Annual administration report of the Civil Veterinary Department of India - 1907-1908
Year: 1907
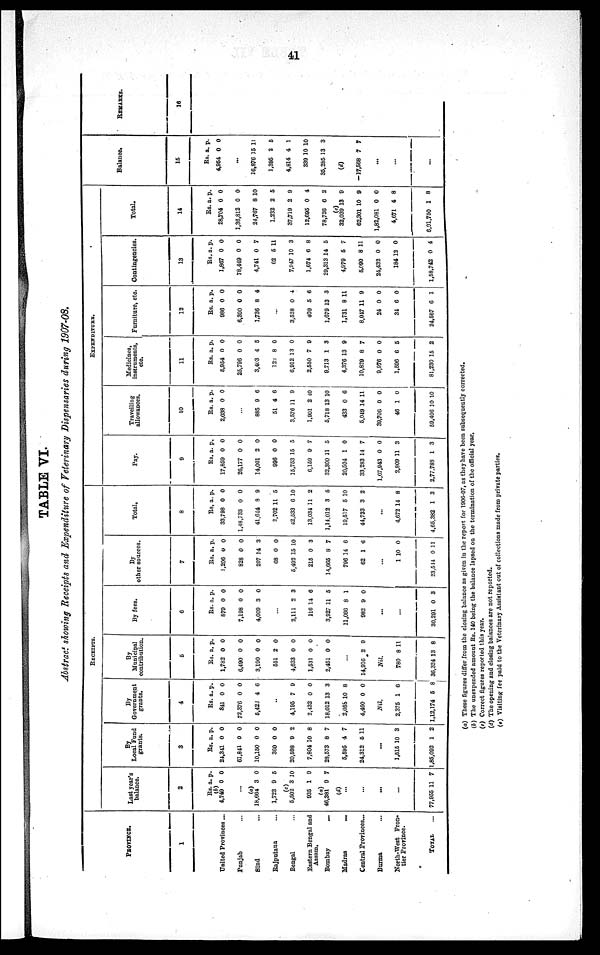
41
TABLE VI.
Abstract showing Receipts and Expenditure of Veterinary Dispensaries during 1907-08.
PROVINCE.
1
UnitedProvinces ...
Punjab ...
Sind...
Rajputana...
Bengal ...
Eastern Bengal and...
Assam.
Bombay ...
Madras
...
Central Provinces ...
Burma ...
North-West Fron-
tier Province.
TOTAL ...
RECEIPTS.
Lastyear's
balance
2
Rs.
(b)
4,749
...
(a)
18,664
1,723
(c)
5,502
935
(a)
46,381
(d)
...
...
...
...
77,955
a.
0
3
9
3
1
9
11
p.
0
0
5
10
9
7
7
By
LocalFunds
grants
3
Rs.
24,341
61,841
10,150
360
20,598
7,804
28,573
5,595
24,312
...
1,515
1,85,092
a.
0
0
0
0
9
10
8
4
5
10
1
p.
0
0
0
0
2
8
7
7
11
3
2
By
Government
grants.
4
Rs.
841
72,376
5,423
...
4,195
2,432
18,012
2,058
4,460
Nil.
2,375
1,12,174
a.
0
0
4
7
0
13
10
0
1
5
p.
0
0
6
9
0
3
8
0
6
8
By
Municipal
contribution.
5
Rs.
1,782
6,490
3,190
551
4,633
1,531
2,451
...
14,916
Nil.
780
36,324
a.
0
0
0
2
0
0
0
2
8
13
p.
0
0
0
0
0
0
0
9
11
8
By fees.
6
Rs.
879
7,198
4,009
...
2,111
116
3,927
11,066
982
...
...
30,291
a.
0
0
3
2
14
11
8
9
0
p.
0
0
0
3
6
5
1
0
3
By
other sources.
7
Rs.
1,206
828
207
68
5,492
215
14,665
796
62
...
1
23,544
a.
0
0
14
0
15
0
8
14
1
10
0
p.
0
0
3
0
10
3
7
6
6
0
11
Total.
8
Rs.
33,798
1,48,733
41,644
2,702
42,533
13,034
1,14,012
19,517
44,733
...
4,672
4,65,382
a.
0
0
8
11
6
11
3
5
3
14
1
p.
0
0
9
5
10
2
5
10
2
8
3
EXPENDITURE.
Pay.
9
Rs.
17,859
26,177
14,001
996
15,753
6,159
32,300
20,504
33,283
1,07,943
2,809
2,77,788
a.
0
0
2
0
15
9
11
1
14
0
11
1
p.
0
0
0
0
5
7
5
0
7
0
3
3
Travelling
allowances.
10
Rs.
2,038
...
885
51
3,576
1,901
5,718
433
5,049
39,706
46
59,406
a.
0
9
4
11
2
13
0
14
0
1
10
p.
0
6
6
9
10
10
6
11
0
0
10
Medicines,
instruments,
etc.
11
Rs.
5,954
25,796
3,403
122
6,912
2,550
9,713
4,376
10,829
9,976
1,596
81,230
a.
0
0
4
8
13
7
1
13
8
0
6
15
p.
0
0
5
0
0
9
3
9
7
0
5
2
Furniture, etc.
12
Rs.
986
6,390
1,736
...
3,528
409
1,679
1,731
8,047
24
34
24,567
a.
0
0
8
0
5
13
8
11
0
6
6
p.
0
0
4
4
6
3
11
9
0
0
1
Contingencies.
13
Rs.
1,867
78,449
4,741
62
7,947
1,674
29,313
4,979
5,090
24,432
184
1,58,742
a.
0
0
0
5
10
6
14
5
8
0
12
0
p.
0
0
7
11
3
8
5
7
11
0
0
4
Total.
14
Rs.
28,704
1,36,812
24,767
1,232
37,719
12,695
78,726
(e)
32,039
62,301
1,82,081
4,671
6,01,750
a.
0
0
8
2
2
0
6
13
10
0
4
1
p.
0
0
10
5
9
4
2
9
9
0
8
8
Balance.
15
Rs.
4,954
...
16,876
1,395
4,814
339
35,285
(d)
—17,568
...
...
...
a.
0
15
2
4
10
13
7
p.
0
11
5
1
10
3
7
REMARKS.
16
(a) These figures differ from the closing balance as given in the report for 1906-07, as they have been subsequently corrected.
(b) The unexpended amount Rs.140 being the balance lapsed on the termination of the official year.
(c) Correct figures reported this year.
(d) The opening and closing balances are not reported.
(e) Visiting fee paid to the Veterinary Assistant out of collections made from private parties.